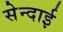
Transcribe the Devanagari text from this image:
सेन्दाई